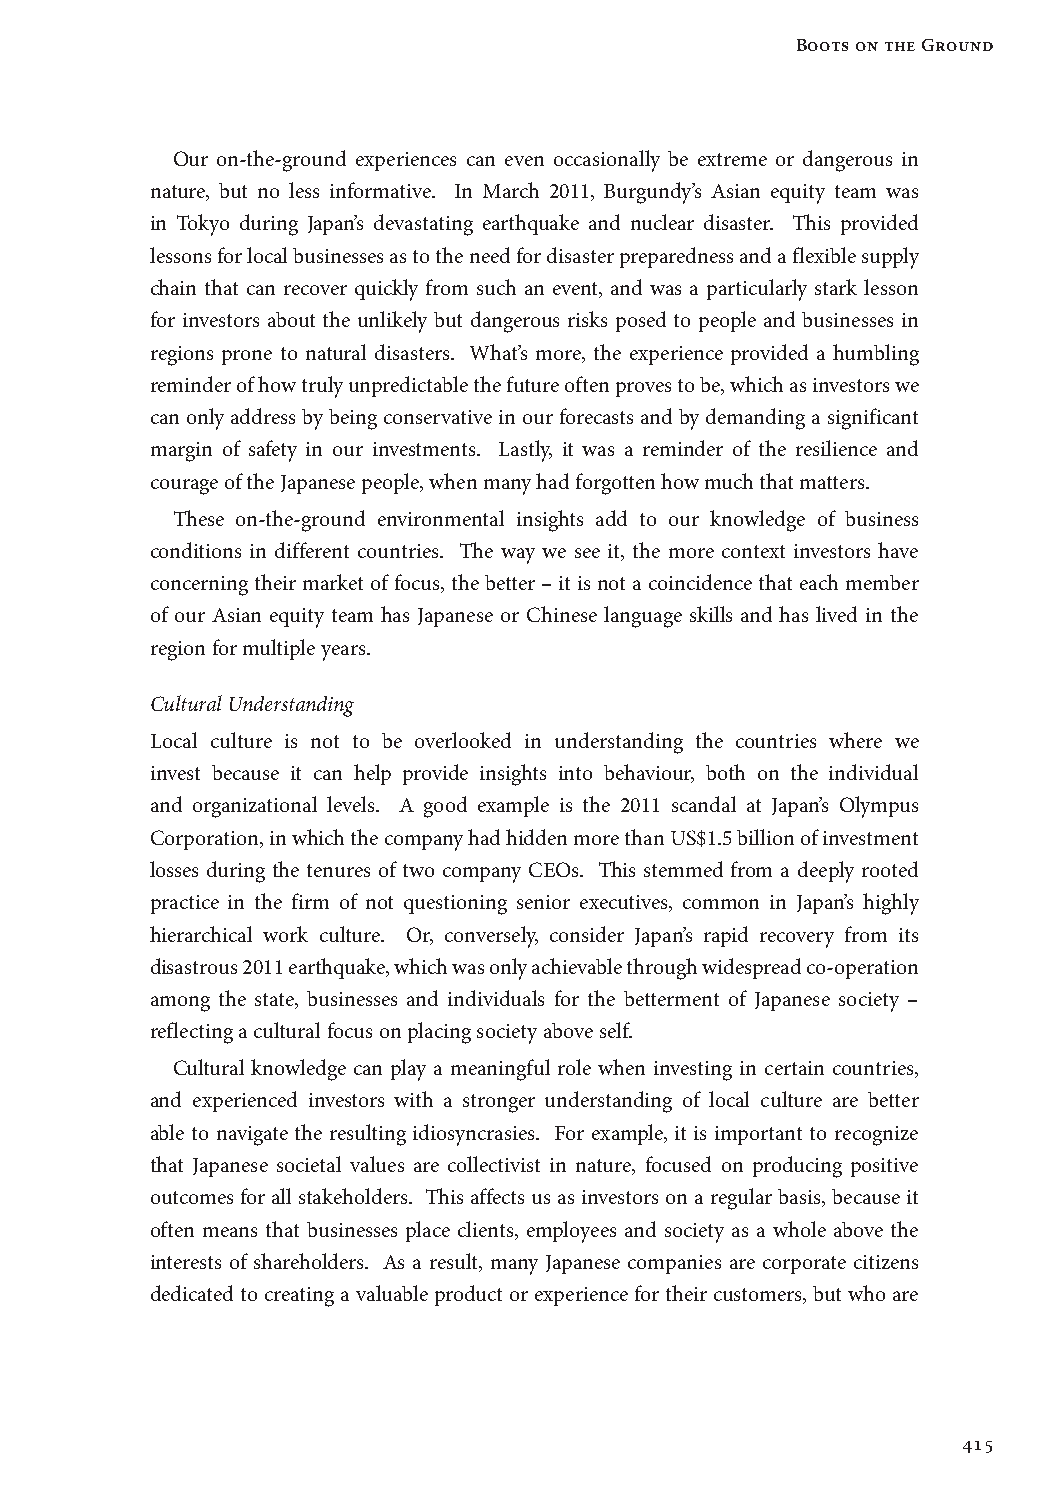
Boots on the Ground
 Our on-the-ground experiences can even occasionally be extreme or dangerous in
 nature, but no less informative. In March 2011, Burgundy’s Asian equity team was
 in Tokyo during Japan’s devastating earthquake and nuclear disaster. This provided
 lessons for local businesses as to the need for disaster preparedness and a flexible supply
 chain that can recover quickly from such an event, and was a particularly stark lesson
 for investors about the unlikely but dangerous risks posed to people and businesses in
 regions prone to natural disasters. What’s more, the experience provided a humbling
 reminder of how truly unpredictable the future often proves to be, which as investors we
 can only address by being conservative in our forecasts and by demanding a significant
 margin of safety in our investments. Lastly, it was a reminder of the resilience and
 courage of the Japanese people, when many had forgotten how much that matters.
 These on-the-ground environmental insights add to our knowledge of business
 conditions in different countries. The way we see it, the more context investors have
 concerning their market of focus, the better – it is not a coincidence that each member
 of our Asian equity team has Japanese or Chinese language skills and has lived in the
 region for multiple years.
 Cultural Understanding
 Local culture is not to be overlooked in understanding the countries where we
 invest because it can help provide insights into behaviour, both on the individual
 and organizational levels. A good example is the 2011 scandal at Japan’s Olympus
 Corporation, in which the company had hidden more than US$1.5 billion of investment
 losses during the tenures of two company CEOs. This stemmed from a deeply rooted
 practice in the firm of not questioning senior executives, common in Japan’s highly
 hierarchical work culture. Or, conversely, consider Japan’s rapid recovery from its
 disastrous 2011 earthquake, which was only achievable through widespread co-operation
 among the state, businesses and individuals for the betterment of Japanese society –
 reflecting a cultural focus on placing society above self.
 Cultural knowledge can play a meaningful role when investing in certain countries,
 and experienced investors with a stronger understanding of local culture are better
 able to navigate the resulting idiosyncrasies. For example, it is important to recognize
 that Japanese societal values are collectivist in nature, focused on producing positive
 outcomes for all stakeholders. This affects us as investors on a regular basis, because it
 often means that businesses place clients, employees and society as a whole above the
 interests of shareholders. As a result, many Japanese companies are corporate citizens
 dedicated to creating a valuable product or experience for their customers, but who are
 415